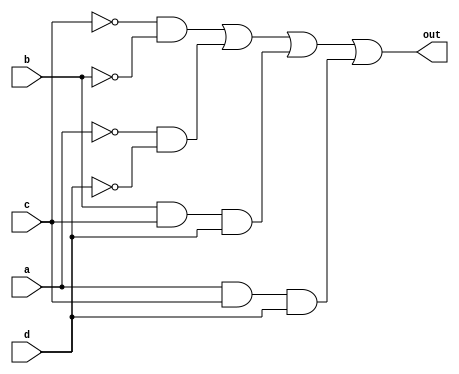
/*Implement the circuit described by the Karnaugh map below.*/
module top_module(
    input a,
    input b,
    input c,
    input d,
    output out  ); 
    assign out= (~c&~b)|(~a&~d)|(b&c&d)|(a&c&d);
endmodule